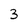
Character: 3